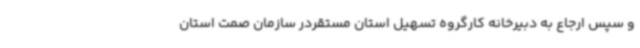
و سپس ارجاع به دبیرخانه کارگروه تسهیل استان مستقردر سازمان صمت استان